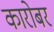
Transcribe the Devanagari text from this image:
कारोबर